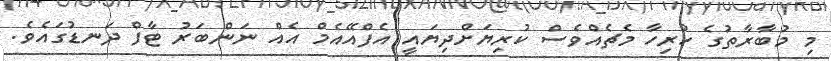
މި މުބާރާތުގެ ހުރިހާ މެޗެއްވެސް ކުރިޔަށްދިޔައީ އެފްއޭއެމް އެއް ނަންބަރު ޓާފް ދަނޑުގައެވެ.